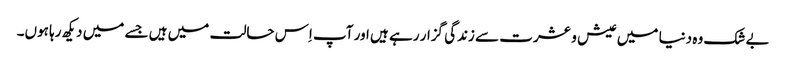
بے شک وہ دنیا میں عیش و عشرت سے زندگی گزار رہے ہیں اور آپ اِس حالت میں ہیں جسے میں دیکھ رہا ہوں۔